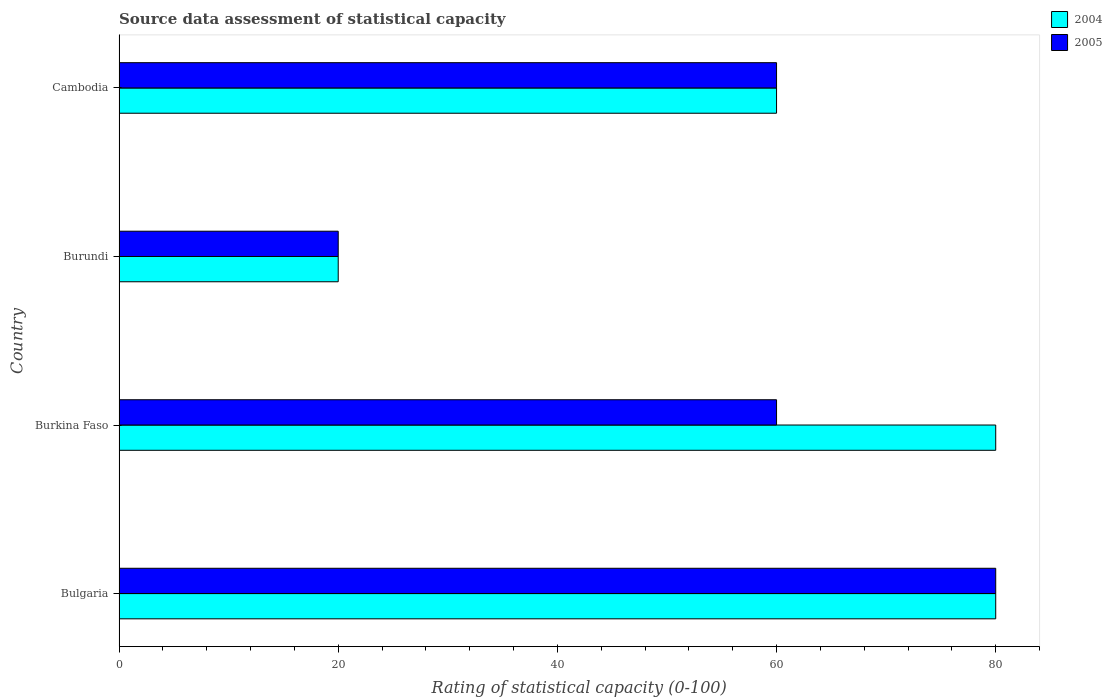
| Country | 2004 | 2005 |
 | --- | --- | --- |
 | Bulgaria | 80 | 80 |
 | Burkina Faso | 80 | 60 |
 | Burundi | 20 | 20 |
 | Cambodia | 60 | 60 |